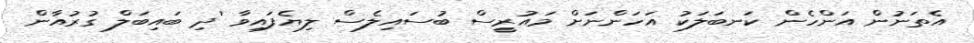
އެތަނުން އަންހެން ކަނބަލަކު އަހަންނަށް މައުރީސް ބުސައިލެސް ލިޔެފައިވާ 'ދި ބައިބަލް ގުރުއާން